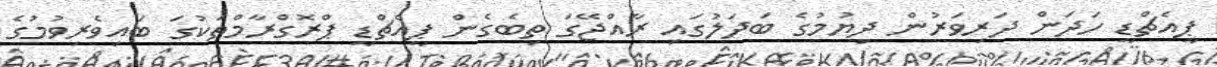
ޕީއެޗްޑީ ހަދަން ދަރިވަރުން ދިޔުމުގެ ބަދަލުގައި ރާއްޖޭގަ ތިބެގެން ޕީއެޗްޑީ ޕްރޮގްރާމްތަކުގަ ބައިވެރިވުމުގެ